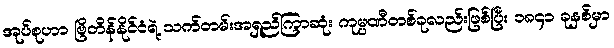
အုပ်စုဟာ ဗြိတိန်နိုင်ငံရဲ့ သက်တမ်းအရှည်ကြာဆုံး ကုမ္ပဏီတစ်ခုလည်းဖြစ်ပြီး ၁၈၄၁ ခုနှစ်မှာ